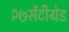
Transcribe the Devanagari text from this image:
२७सेंटीग्रेड